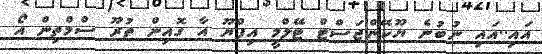
އައި..އައި ނުބުނެ ޔޫކޭންޖަސްޓް ޓޭލްމީ އިފްޔޫ އާ ގޮއިން ތުރޫ ސްމްތިން އޯ